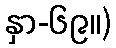
နှာ-၆၉။)